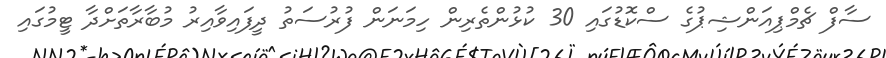
ސާފް ޗެމްޕިއަންޝިޕުގެ ސްކޮޑުގައި 30 ކުޅުންތެރިން ހިމަނަން ފުރުސަތު ދީފައިވާއިރު މުބާރާތަށްދާ ޓީމުގައި